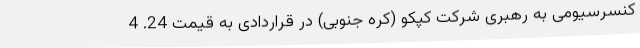
کنسرسیومی به رهبری شرکت کپکو (کره جنوبی) در قراردادی به قیمت 24. 4